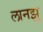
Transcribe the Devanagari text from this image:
लानझू